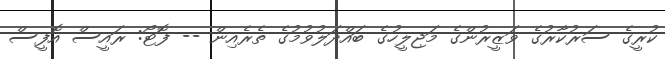
ކުރީގެ ސަރުކާރުގެ ވަޒީރުންގެ މަޖިލީހުގެ ބައްދަލުވުމުގެ ތެރެއިން -- ފޮޓޯ: ރައީސް އޮފީސް